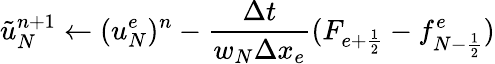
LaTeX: \tilde{u}_{N}^{n+1}\gets(u_{N}^{e})^{n}-\frac{\Delta t}{w_{N}\Delta x_{e}}(F_{e+\frac{1}{2}}-f_{{N-\frac{1}{2}}}^{e})